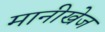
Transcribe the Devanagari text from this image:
मानीखेज